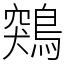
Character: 鶟